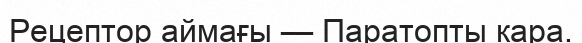
Рецептор аймағы — Паратопты кара.